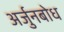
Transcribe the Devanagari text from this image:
अर्जुनबोध